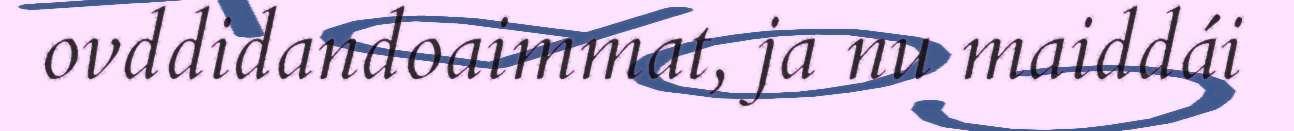
ovddidandoaimmat, ja nu maiddái